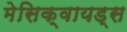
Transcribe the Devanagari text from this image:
मेसिक्वायड्स